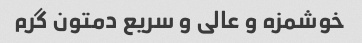
خوشمزه و عالی و سریع دمتون گرم